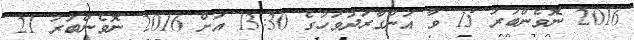
2016 ނޮވެންބަރު 15 ވާ އަންގާރަދުވަހުގެ 13:30 އަށް 2016 ނޮވެންބަރު 21